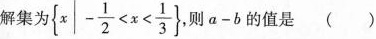
解集为 $${ x | - \frac { 1 } { 2 } < x < \frac { 1 } { 3 } }$$ 则a-b的值是( )